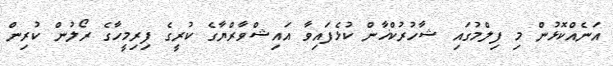
އަނެއްކޮޅުން މި ފިލްމުގައި ޝާހުރުކްޚާން ކުޅެފައިވާ އައިޝްވާރްޔާގެ ކުރީގެ ފިރިމީހާގެ ރޯލުން ކުރިން